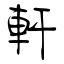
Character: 軒